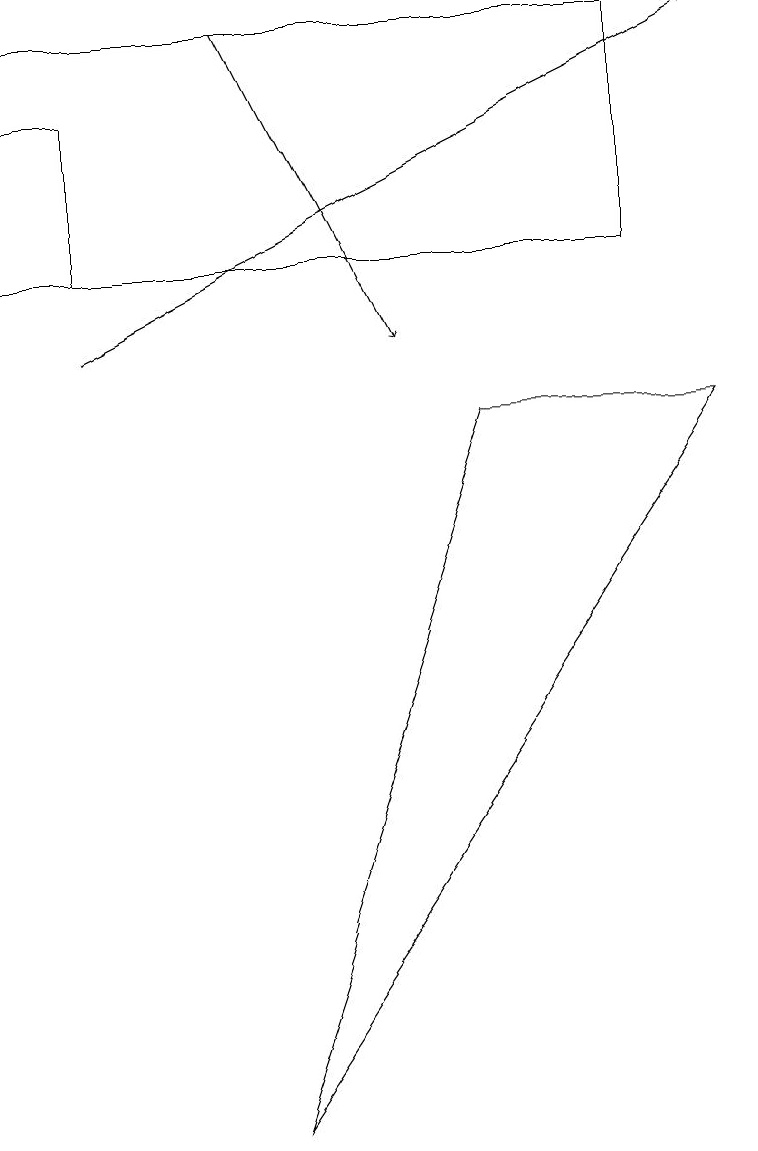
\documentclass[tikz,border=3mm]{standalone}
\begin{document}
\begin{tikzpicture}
\draw[->] (3,14) -- (5,10);
\draw (1,11) rectangle (0,13);
\draw (6,9) -- (9,9) -- (3,0) -- cycle;
\draw[->] (1,10) -- (9,14);
\draw (8,11) rectangle (0,14);
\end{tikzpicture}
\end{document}